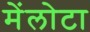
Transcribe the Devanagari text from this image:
मेंलोटा